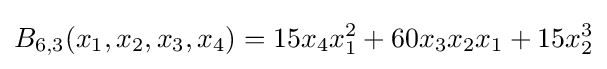
B_{6,3}(x_{1},x_{2},x_{3},x_{4})=15x_{4}x_{1}^{2}+60x_{3}x_{2}x_{1}+15x_{2}^{3}